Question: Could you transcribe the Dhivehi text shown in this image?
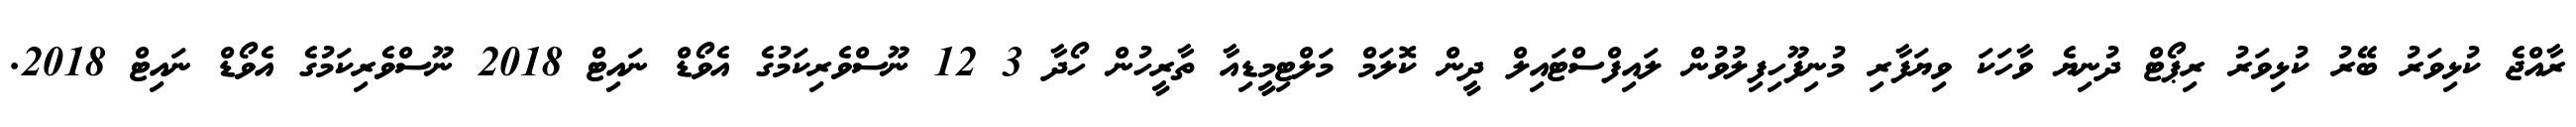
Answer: ރާއްޖެ ކުޅިވަރު ބޭރު ކުޅިވަރު ރިޕޯޓް ދުނިޔެ ވާހަކަ ވިޔަފާރި މުނިފޫހިފިލުވުން ލައިފްސްޓައިލް ދީން ކޮލަމް މަލްޓިމީޑިއާ ތާރީހުން ހޯދާ 3 12 ނޫސްވެރިކަމުގެ އެވޯޑް ނައިޓް 2018 ނޫސްވެރިކަމުގެ އެވޯޑް ނައިޓް 2018.